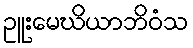
ဥူးမေဃိယာဘိဝံသ